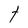
Character: t